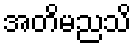
အတိမညသိ